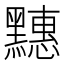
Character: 𪒜